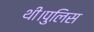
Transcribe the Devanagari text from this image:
थी।पुलिस